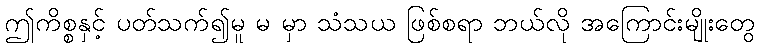
ဤကိစ္စနှင့် ပတ်သက်၍မူ မ မှာ သံသယ ဖြစ်စရာ ဘယ်လို အကြောင်းမျိုးတွေ